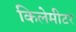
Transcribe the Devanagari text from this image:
किलेमीटर